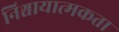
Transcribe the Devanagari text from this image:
निश्चायात्मकता